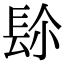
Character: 𨱯